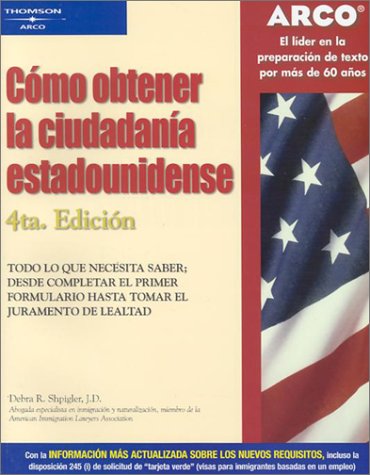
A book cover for Arco Como Obtener la Ciudadania Estadounidense; Peterson's; Test Preparation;